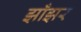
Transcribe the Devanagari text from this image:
झाँझर